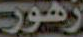
زهور